Lunatic asylums in Bengal annual reports 1888-1898 - 1888-1898
Year: 1888
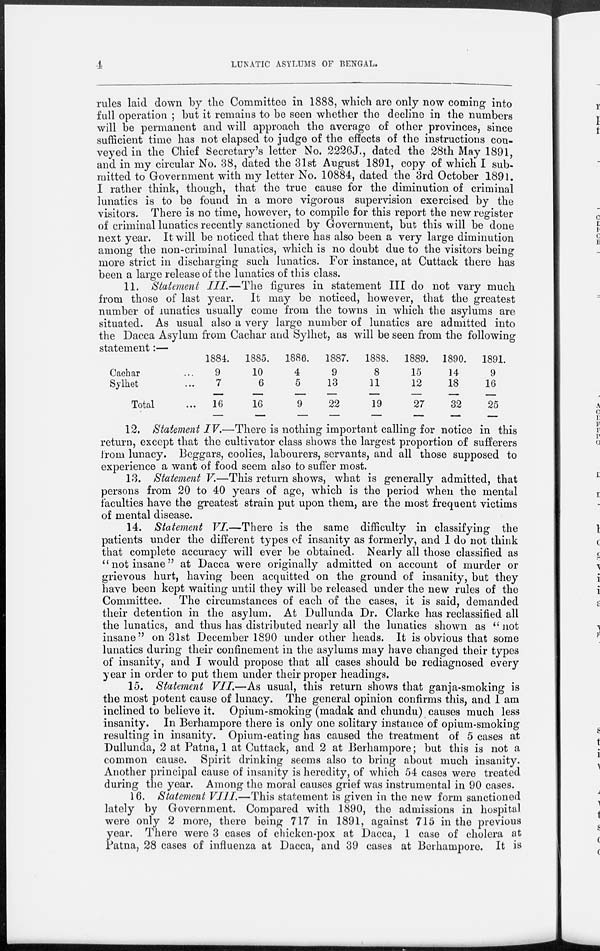
4
LUNATIC ASYLUMS OF BENGAL.
rules laid down by the Committee in 1888, which are only now coming into
full operation ; but it remains to be seen whether the decline in the numbers
will be permanent and will approach the average of other provinces, since
sufficient time has not elapsed to judge of the effects of the instructions con-
veyed in the Chief Secretary's letter No. 2226J., dated the 28th May 1891,
and in my circular No. 38, dated the 31st August 1891, copy of which I sub-
mitted to Government with my letter No. 10884, dated the 3rd October 1891.
I rather think, though, that the true cause for the diminution of criminal
lunatics is to be found in a more vigorous supervision exercised by the
visitors. There is no time, however, to compile for this report the new register
of criminal lunatics recently sanctioned by Government, but this will be done
next year. It will be noticed that there has also been a very large diminution
among the non-criminal lunatics, which is no doubt due to the visitors being
more strict in discharging such lunatics. For instance, at Cuttack there has
been a large release of the lunatics of this class.
11. Statement III.—The figures in statement III do not vary much
from those of last year. It may be noticed, however, that the greatest
number of lunatics usually come from the towns in which the asylums are
situated. As usual also a very large number of lunatics are admitted into
the Dacca Asylum from Cachar and Sylhet, as will be seen from the following
statement:—
Cachar ...
Sylhet ...
Total ...
1884.
9
7
16
1885.
10
6
16
1886.
4
5
9
1887.
9
13
22
1888.
8
11
19
1889.
15
12
27
1890.
14
18
32
1891.
9
16
25
12. Statement IV.—There is nothing important calling for notice in this
return, except that the cultivator class shows the largest proportion of sufferers
from lunacy. Beggars, coolies, labourers, servants, and all those supposed to
experience a want of food seem also to suffer most.
13. Statement V.—This return shows, what is generally admitted, that
persons from 20 to 40 years of age, which is the period when the mental
faculties have the greatest strain put upon them, are the most frequent victims
of mental disease.
14. Statement VI—There is the same difficulty in classifying the
patients under the different types of insanity as formerly, and I do not think
that complete accuracy will ever be obtained. Nearly all those classified as
"not insane" at Dacca were originally admitted on account of murder or
grievous hurt, having been acquitted on the ground of insanity, but they
have been kept waiting until they will be released under the new rules of the
Committee. The circumstances of each of the cases, it is said, demanded
their detention in the asylum. At Dullunda Dr. Clarke has reclassified all
the lunatics, and thus has distributed nearly all the lunatics shown as " not
insane" on 31st December 1890 under other heads. It is obvious that some
lunatics during their confinement in the asylums may have changed their types
of insanity, and I would propose that all cases should be rediagnosed every
year in order to put them under their proper headings.
15. Statement VII.—As usual, this return shows that ganja-smoking is
the most potent cause of lunacy. The general opinion confirms this, and I am
inclined to believe it. Opium-smoking (madak and chundu) causes much less
insanity. In Berhampore there is only one solitary instance of opium-smoking
resulting in insanity. Opium-eating has caused the treatment of 5 cases at
Dullunda, 2 at Patna, 1 at Cuttack, and 2 at Berhampore; but this is not a
common cause. Spirit drinking seems also to bring about much insanity.
Another principal cause of insanity is heredity, of which 54 cases were treated
during the year. Among the moral causes grief was instrumental in 90 cases.
16. Statement VIII.—This statement is given in the new form sanctioned
lately by Government. Compared with 1890, the admissions in hospital
were only 2 more, there being 717 in 1891, against 715 in the previous
year. There were 3 cases of chicken-pox at Dacca, 1 case of cholera at
Patna, 28 cases of influenza at Dacca, and 39 cases at Berhampore. It is